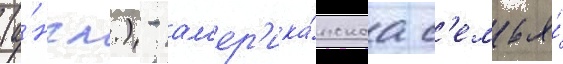
(а́нгл.) - ам'ер'ика́нскаа с'емья́